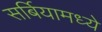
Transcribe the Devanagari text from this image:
सर्बियामध्ये